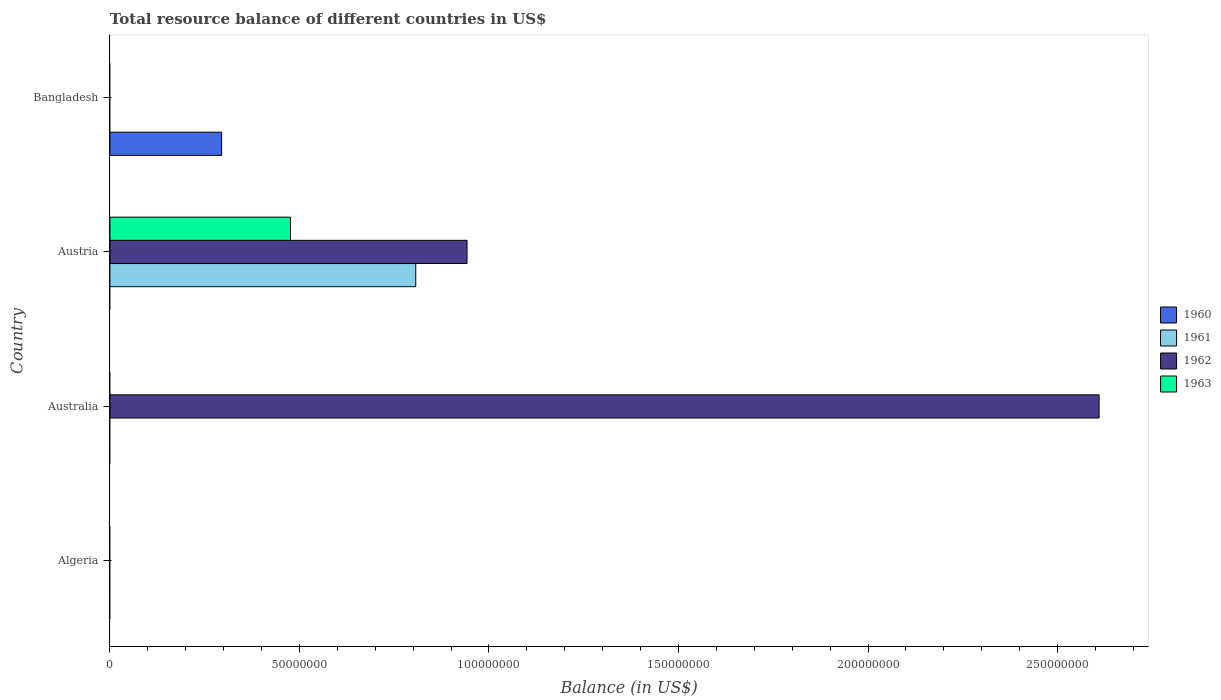
| Country | 1960 | 1961 | 1962 | 1963 |
 | --- | --- | --- | --- | --- |
 | Algeria | -7.65e+08 | -5.18e+08 | -2.05e+07 | -3.28e+08 |
 | Australia | -1.98e+08 | -5.15e+08 | 2.61e+08 | -1.78e+08 |
 | Austria | -9.3e+05 | 8.07e+07 | 9.42e+07 | 4.76e+07 |
 | Bangladesh | 2.95e+07 | -4.42e+07 | -3.12e+06 | -8.9e+07 |